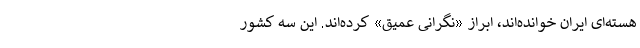
هسته‌ای ایران خوانده‌اند، ابراز «نگرانی عمیق» کرده‌اند. این سه کشور